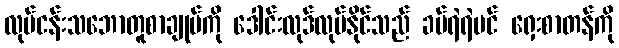
လုပ်ငန်းသဘောတူစာချုပ်ကို ဒေါင်းလုဒ်လုပ်နိုင်သည် ခပ်ရဲရဲပင် ရှေးစာတန်ကို